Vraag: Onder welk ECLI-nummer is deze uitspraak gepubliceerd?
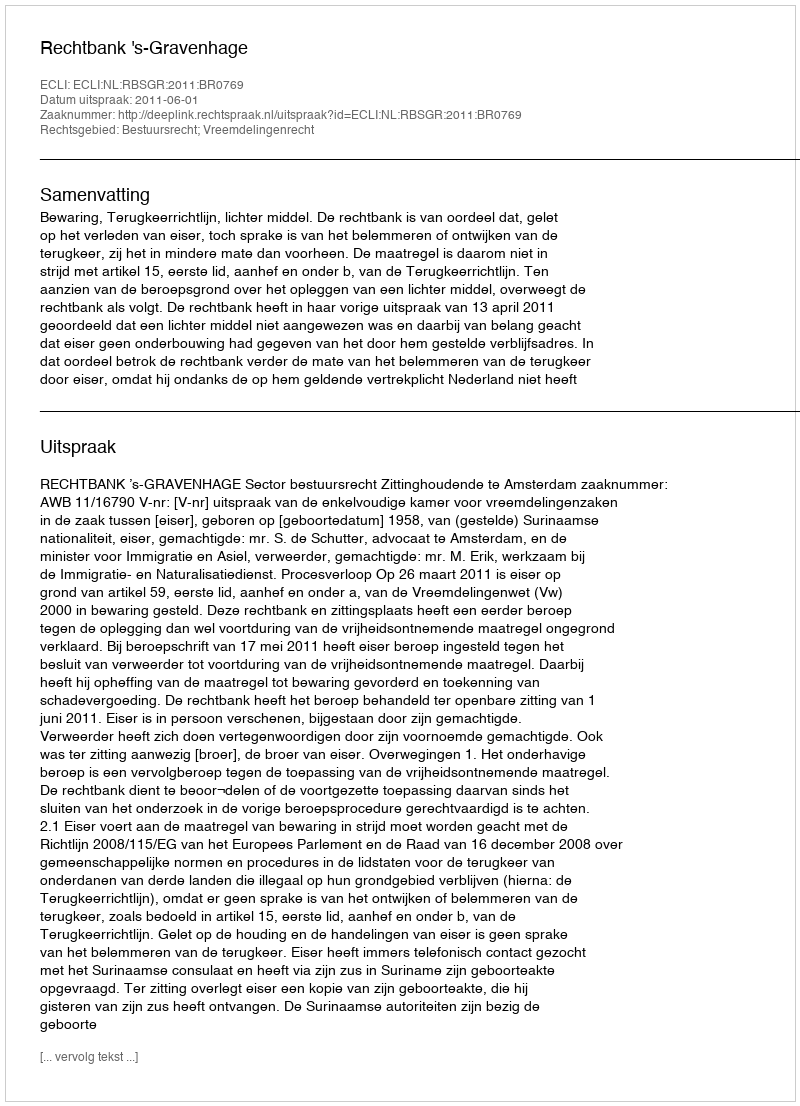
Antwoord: ECLI:NL:RBSGR:2011:BR0769